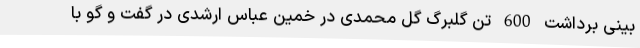
بینی برداشت 600 تن گلبرگ گل محمدی در خمین عباس ارشدی در گفت و گو با